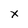
Character: X